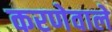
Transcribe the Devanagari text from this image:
करणेवाले